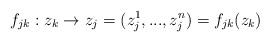
LaTeX: \begin{align*}f_{jk}:z_k\to z_j=(z_j^1,...,z_j^n)=f_{jk}(z_k)\end{align*}